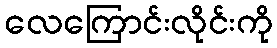
လေကြောင်းလိုင်းကို